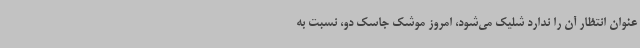
عنوان انتظار آن را ندارد شلیک می‌شود، امروز موشک جاسک دو، نسبت به